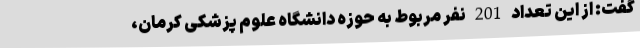
گفت: از این تعداد 201 نفر مربوط به حوزه دانشگاه علوم پزشکی کرمان،